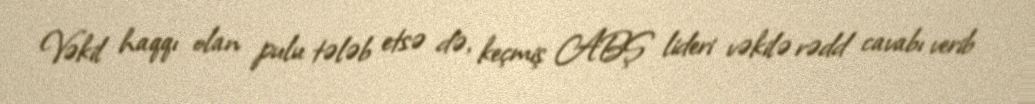
Vəkil haqqı olan pulu tələb etsə də, keçmiş ABŞ lideri vəkilə rədd cavabı verib